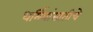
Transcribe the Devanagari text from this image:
धर्मियांसाठीचे